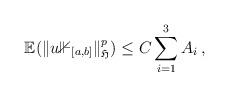
LaTeX: \begin{align*} \mathbb{E} (\|u\mathbb{1}_{[a,b]}\|^p_{\mathfrak{H} }) \leq C \sum_{i=1}^3 A_i \,, \end{align*}